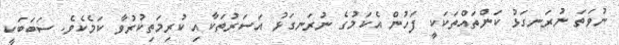
ނުވަތަ ނުރަނގަޅު ކަންތައްތަކަކީ ފަހުން އެކަމުގެ ނުރަނގަޅު އަސަރުތަކާއި ކުރިމަތިކުރުވާ ކަމެކެވެ. ސަބަބަކީ